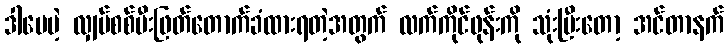
ဒါပေမဲ့ လျှပ်စစ်မီးဖြတ်တောက်ခံထားရတဲ့အတွက် လက်ကိုင်ဖုန်းကို သုံးပြီးတော့ အင်တာနက်